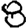
Digit: 8